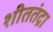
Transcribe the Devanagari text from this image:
शीततंद्रा